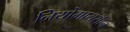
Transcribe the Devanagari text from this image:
नियोमायसीन